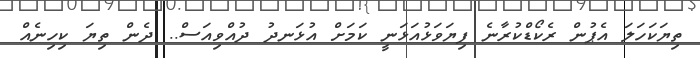
ތިޔަކަހަލަ އެޕުން ރެކޯޑްކުރާނެ ފިޔަވަޅުއަޅަނީ ކަމަށް އުޅަނދު ދުއްވިއަސް.. ދެން ތިޔަ ކިހިނެއް